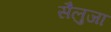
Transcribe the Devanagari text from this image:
सैलुजा